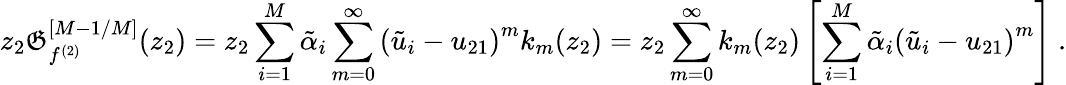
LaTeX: z_{2}{\cal\mathfrak{G}}_{f^{(2)}}^{[M-1/M]}(z_{2})=z_{2}\sum_{i=1}^{M}{\tilde{{\alpha}}}_{i}\sum_{m=0}^{\infty}\left({\tilde{{u}}}_{i}-u_{21}\right)^{m}k_{m}(z_{2})=z_{2}\sum_{m=0}^{\infty}k_{m}(z_{2})\left[\sum_{i=1}^{M}{\tilde{{\alpha}}}_{i}\left({\tilde{{u}}}_{i}-u_{21}\right)^{m}\right]\ .